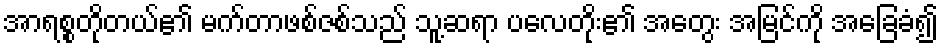
အာရစ္စတိုတယ်၏ မက်တာဖစ်ဇစ်သည် သူ့ဆရာ ပလေတိုး၏ အတွေး အမြင်ကို အခြေခံ၍